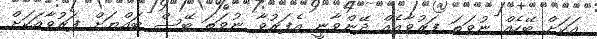
އަކަށް ބޭހެއް ނުވަތަ ފަރުވާއެއް ދޭންވާނީ އެފަރުވާ ނުވަތަ ބޭސް ބައްޔަށް ފަރުވާއަކަށް